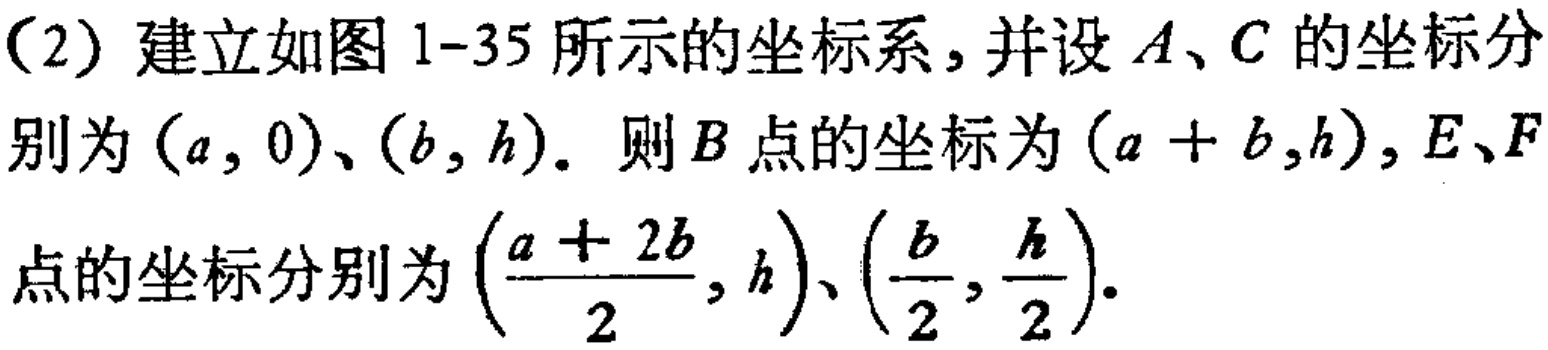
（2）建立如图1-35所示的坐标系，并设\(A\)、\(C\)的坐标分别为\((a,0)\)、\((b,h)\)。则\(B\)点的坐标为\((a + b,h)\)，\(E\)、\(F\)点的坐标分别为\((\frac{a + 2b}{2},h)\)、\((\frac{b}{2},\frac{h}{2})\)。